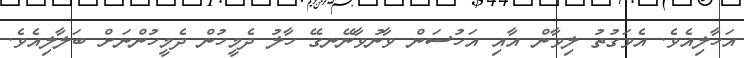
އަހާލިއެވެ. އެވަގުތު ލިވާން އާއި އަހުސަން ވާނުވާނޭނގޭ ހާލު ދެމީހުން ދެމީހުންނަށް ބަލާލިއެވެ.